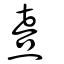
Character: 熹